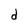
Character: d